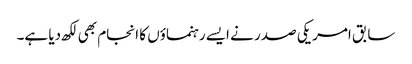
سابق امریکی صدر نے ایسے رہنماؤں کا انجام بھی لکھ دیا ہے۔